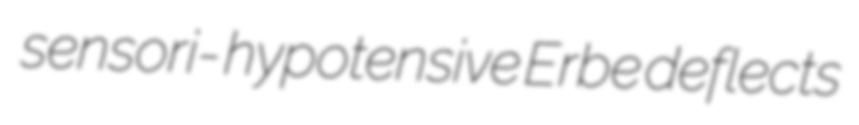
sensori- hypotensive Erbe deflects